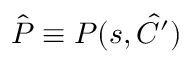
\hat { P } \equiv P ( s , \hat { C } ^ { \prime } )